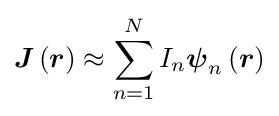
{\boldsymbol {J}}\left({\boldsymbol {r}}\right)\approx \sum \limits _{n=1}^{N}I_{n}{\boldsymbol {\psi }}_{n}\left({\boldsymbol {r}}\right)